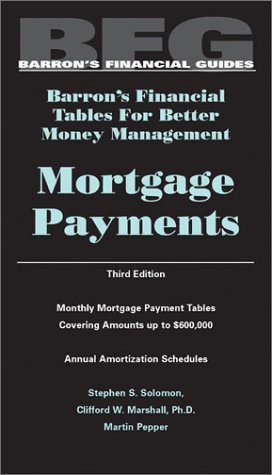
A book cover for Mortgage Payments, Barron's Financial Tables, Third Edition; Stephen S. Solomon; Business & Money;